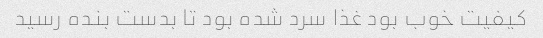
کیفیت خوب بود غذا سرد شده بود تا بدست بنده رسید